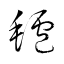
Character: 罏